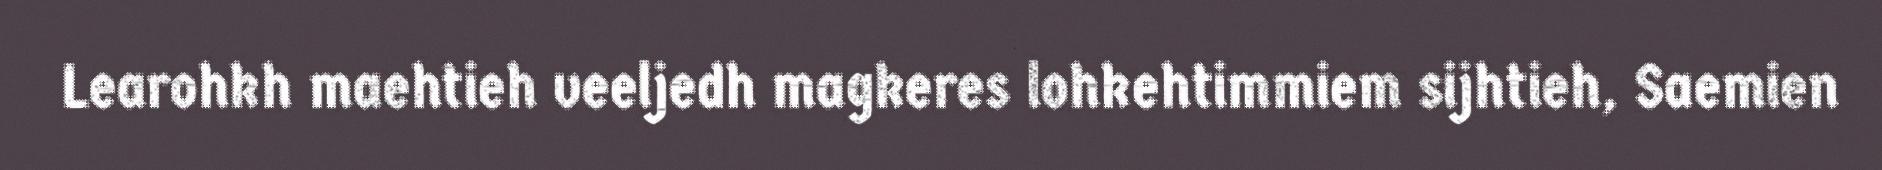
Learohkh maehtieh veeljedh magkeres lohkehtimmiem sijhtieh, Saemien